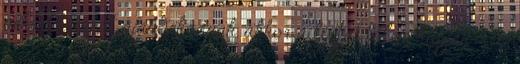
nekem könyvet ajándékoznak, akkor a listát tőlem kapják meg.